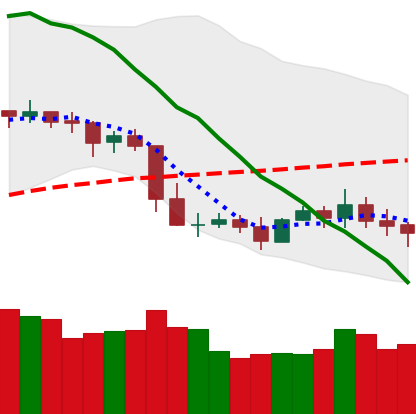
Ticker: XLM-USD
Chart end date: 2019-05-06
Forward return: 6.563%
Label: up_5_7